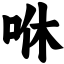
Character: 咻